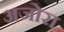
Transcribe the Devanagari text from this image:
अजोरा